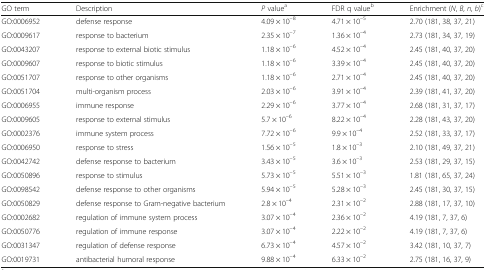
<table><thead><tr><td><b>GO term</b></td><td><b>Description</b></td><td><b><i>P</i> value<sup>a</sup></b></td><td><b>FDR q value<sup>b</sup></b></td><td><b>Enrichment (<i>N</i>, <i>B</i>, <i>n</i>, <i>b</i>)<sup>c</sup></b></td></tr></thead><tbody><tr><td>GO:0006952</td><td>defense response</td><td>4.09 × 10<sup>–8</sup></td><td>4.71 × 10<sup>–5</sup></td><td>2.70 (181, 38, 37, 21)</td></tr><tr><td>GO:0009617</td><td>response to bacterium</td><td>2.35 × 10<sup>–7</sup></td><td>1.36 × 10<sup>–4</sup></td><td>2.73 (181, 34, 37, 19)</td></tr><tr><td>GO:0043207</td><td>response to external biotic stimulus</td><td>1.18 × 10<sup>–6</sup></td><td>4.52 × 10<sup>–4</sup></td><td>2.45 (181, 40, 37, 20)</td></tr><tr><td>GO:0009607</td><td>response to biotic stimulus</td><td>1.18 × 10<sup>–6</sup></td><td>3.39 × 10<sup>–4</sup></td><td>2.45 (181, 40, 37, 20)</td></tr><tr><td>GO:0051707</td><td>response to other organisms</td><td>1.18 × 10<sup>–6</sup></td><td>2.71 × 10<sup>–4</sup></td><td>2.45 (181, 40, 37, 20)</td></tr><tr><td>GO:0051704</td><td>multi-organism process</td><td>2.03 × 10<sup>–6</sup></td><td>3.91 × 10<sup>–4</sup></td><td>2.39 (181, 41, 37, 20)</td></tr><tr><td>GO:0006955</td><td>immune response</td><td>2.29 × 10<sup>–6</sup></td><td>3.77 × 10<sup>–4</sup></td><td>2.68 (181, 31, 37, 17)</td></tr><tr><td>GO:0009605</td><td>response to external stimulus</td><td>5.7 × 10<sup>–6</sup></td><td>8.22 × 10<sup>–4</sup></td><td>2.28 (181, 43, 37, 20)</td></tr><tr><td>GO:0002376</td><td>immune system process</td><td>7.72 × 10<sup>–6</sup></td><td>9.9 × 10<sup>–4</sup></td><td>2.52 (181, 33, 37, 17)</td></tr><tr><td>GO:0006950</td><td>response to stress</td><td>1.56 × 10<sup>–5</sup></td><td>1.8 × 10<sup>–3</sup></td><td>2.10 (181, 49, 37, 21)</td></tr><tr><td>GO:0042742</td><td>defense response to bacterium</td><td>3.43 × 10<sup>–5</sup></td><td>3.6 × 10<sup>–3</sup></td><td>2.53 (181, 29, 37, 15)</td></tr><tr><td>GO:0050896</td><td>response to stimulus</td><td>5.73 × 10<sup>–5</sup></td><td>5.51 × 10<sup>–3</sup></td><td>1.81 (181, 65, 37, 24)</td></tr><tr><td>GO:0098542</td><td>defense response to other organisms</td><td>5.94 × 10<sup>–5</sup></td><td>5.28 × 10<sup>–3</sup></td><td>2.45 (181, 30, 37, 15)</td></tr><tr><td>GO:0050829</td><td>defense response to Gram-negative bacterium</td><td>2.8 × 10<sup>–4</sup></td><td>2.31 × 10<sup>–2</sup></td><td>2.88 (181, 17, 37, 10)</td></tr><tr><td>GO:0002682</td><td>regulation of immune system process</td><td>3.07 × 10<sup>–4</sup></td><td>2.36 × 10<sup>–2</sup></td><td>4.19 (181, 7, 37, 6)</td></tr><tr><td>GO:0050776</td><td>regulation of immune response</td><td>3.07 × 10<sup>–4</sup></td><td>2.22 × 10<sup>–2</sup></td><td>4.19 (181, 7, 37, 6)</td></tr><tr><td>GO:0031347</td><td>regulation of defense response</td><td>6.73 × 10<sup>–4</sup></td><td>4.57 × 10<sup>–2</sup></td><td>3.42 (181, 10, 37, 7)</td></tr><tr><td>GO:0019731</td><td>antibacterial humoral response</td><td>9.88 × 10<sup>–4</sup></td><td>6.33 × 10<sup>–2</sup></td><td>2.75 (181, 16, 37, 9)</td></tr></tbody></table>